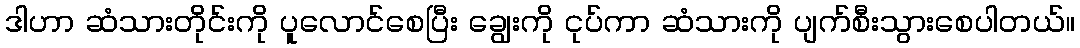
ဒါဟာ ဆံသားတိုင်းကို ပူလောင်စေပြီး ချွေးကို ငုပ်ကာ ဆံသားကို ပျက်စီးသွားစေပါတယ်။